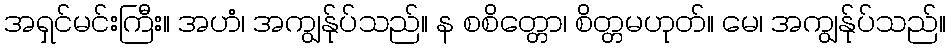
အရှင်မင်းကြီး။ အဟံ၊ အကျွန်ုပ်သည်။ န စစိတ္တော၊ စိတ္တမဟုတ်။ မေ၊ အကျွန်ုပ်သည်။